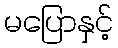
မပြောနှင့်